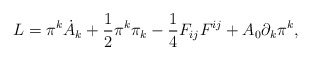
\begin{align*}L = \pi^k \dot{A}_k + \frac{1}{2} \pi^k \pi_k - \frac{1}{4} F_{ij} F^{ij} + A_0 \partial_k \pi^k,\end{align*}